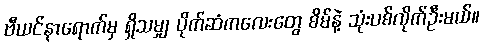
ဗီယင်နာရောက်မှ ရှိသမျှ ပိုက်ဆံကလေးတွေ စိမ်နဲ့ သုံးပစ်လိုက်ဦးမယ်။